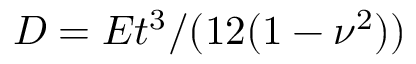
D = E t ^ { 3 } / ( 1 2 ( 1 - \nu ^ { 2 } ) )